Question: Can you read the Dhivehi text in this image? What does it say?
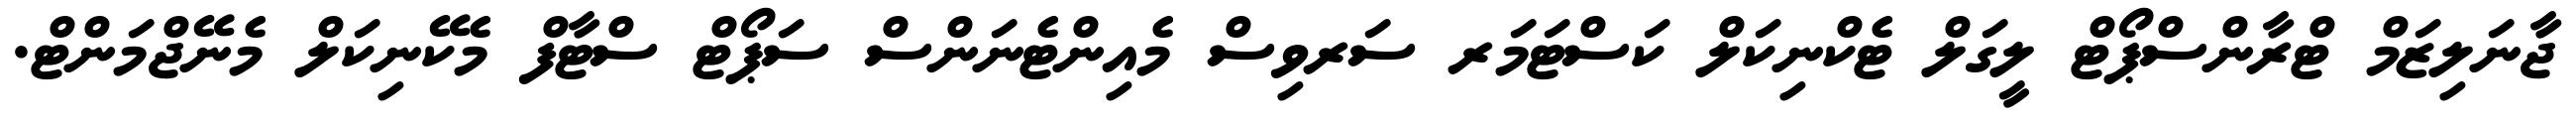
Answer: ޖާނަލިޒަމް ޓްރާންސްޕޯޓް ލީގަލް ޓެކްނިކަލް ކަސްޓަމަރ ސަރވިސް މެއިންޓެނަންސް ސަޕޯޓް ސްޓާފް މެކޭނިކަލް މެނޭޖްމަންޓް.